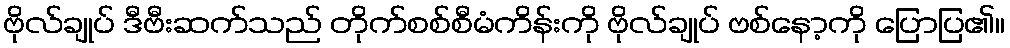
ဗိုလ်ချုပ် ဒီဗီးဆက်သည် တိုက်စစ်စီမံကိန်းကို ဗိုလ်ချုပ် ဗစ်နော့ကို ပြောပြ၏။